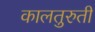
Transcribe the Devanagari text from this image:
कालतुरुती